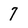
Character: 7